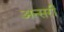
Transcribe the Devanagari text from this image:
अन्सरी